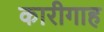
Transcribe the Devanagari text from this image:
कारीगाह